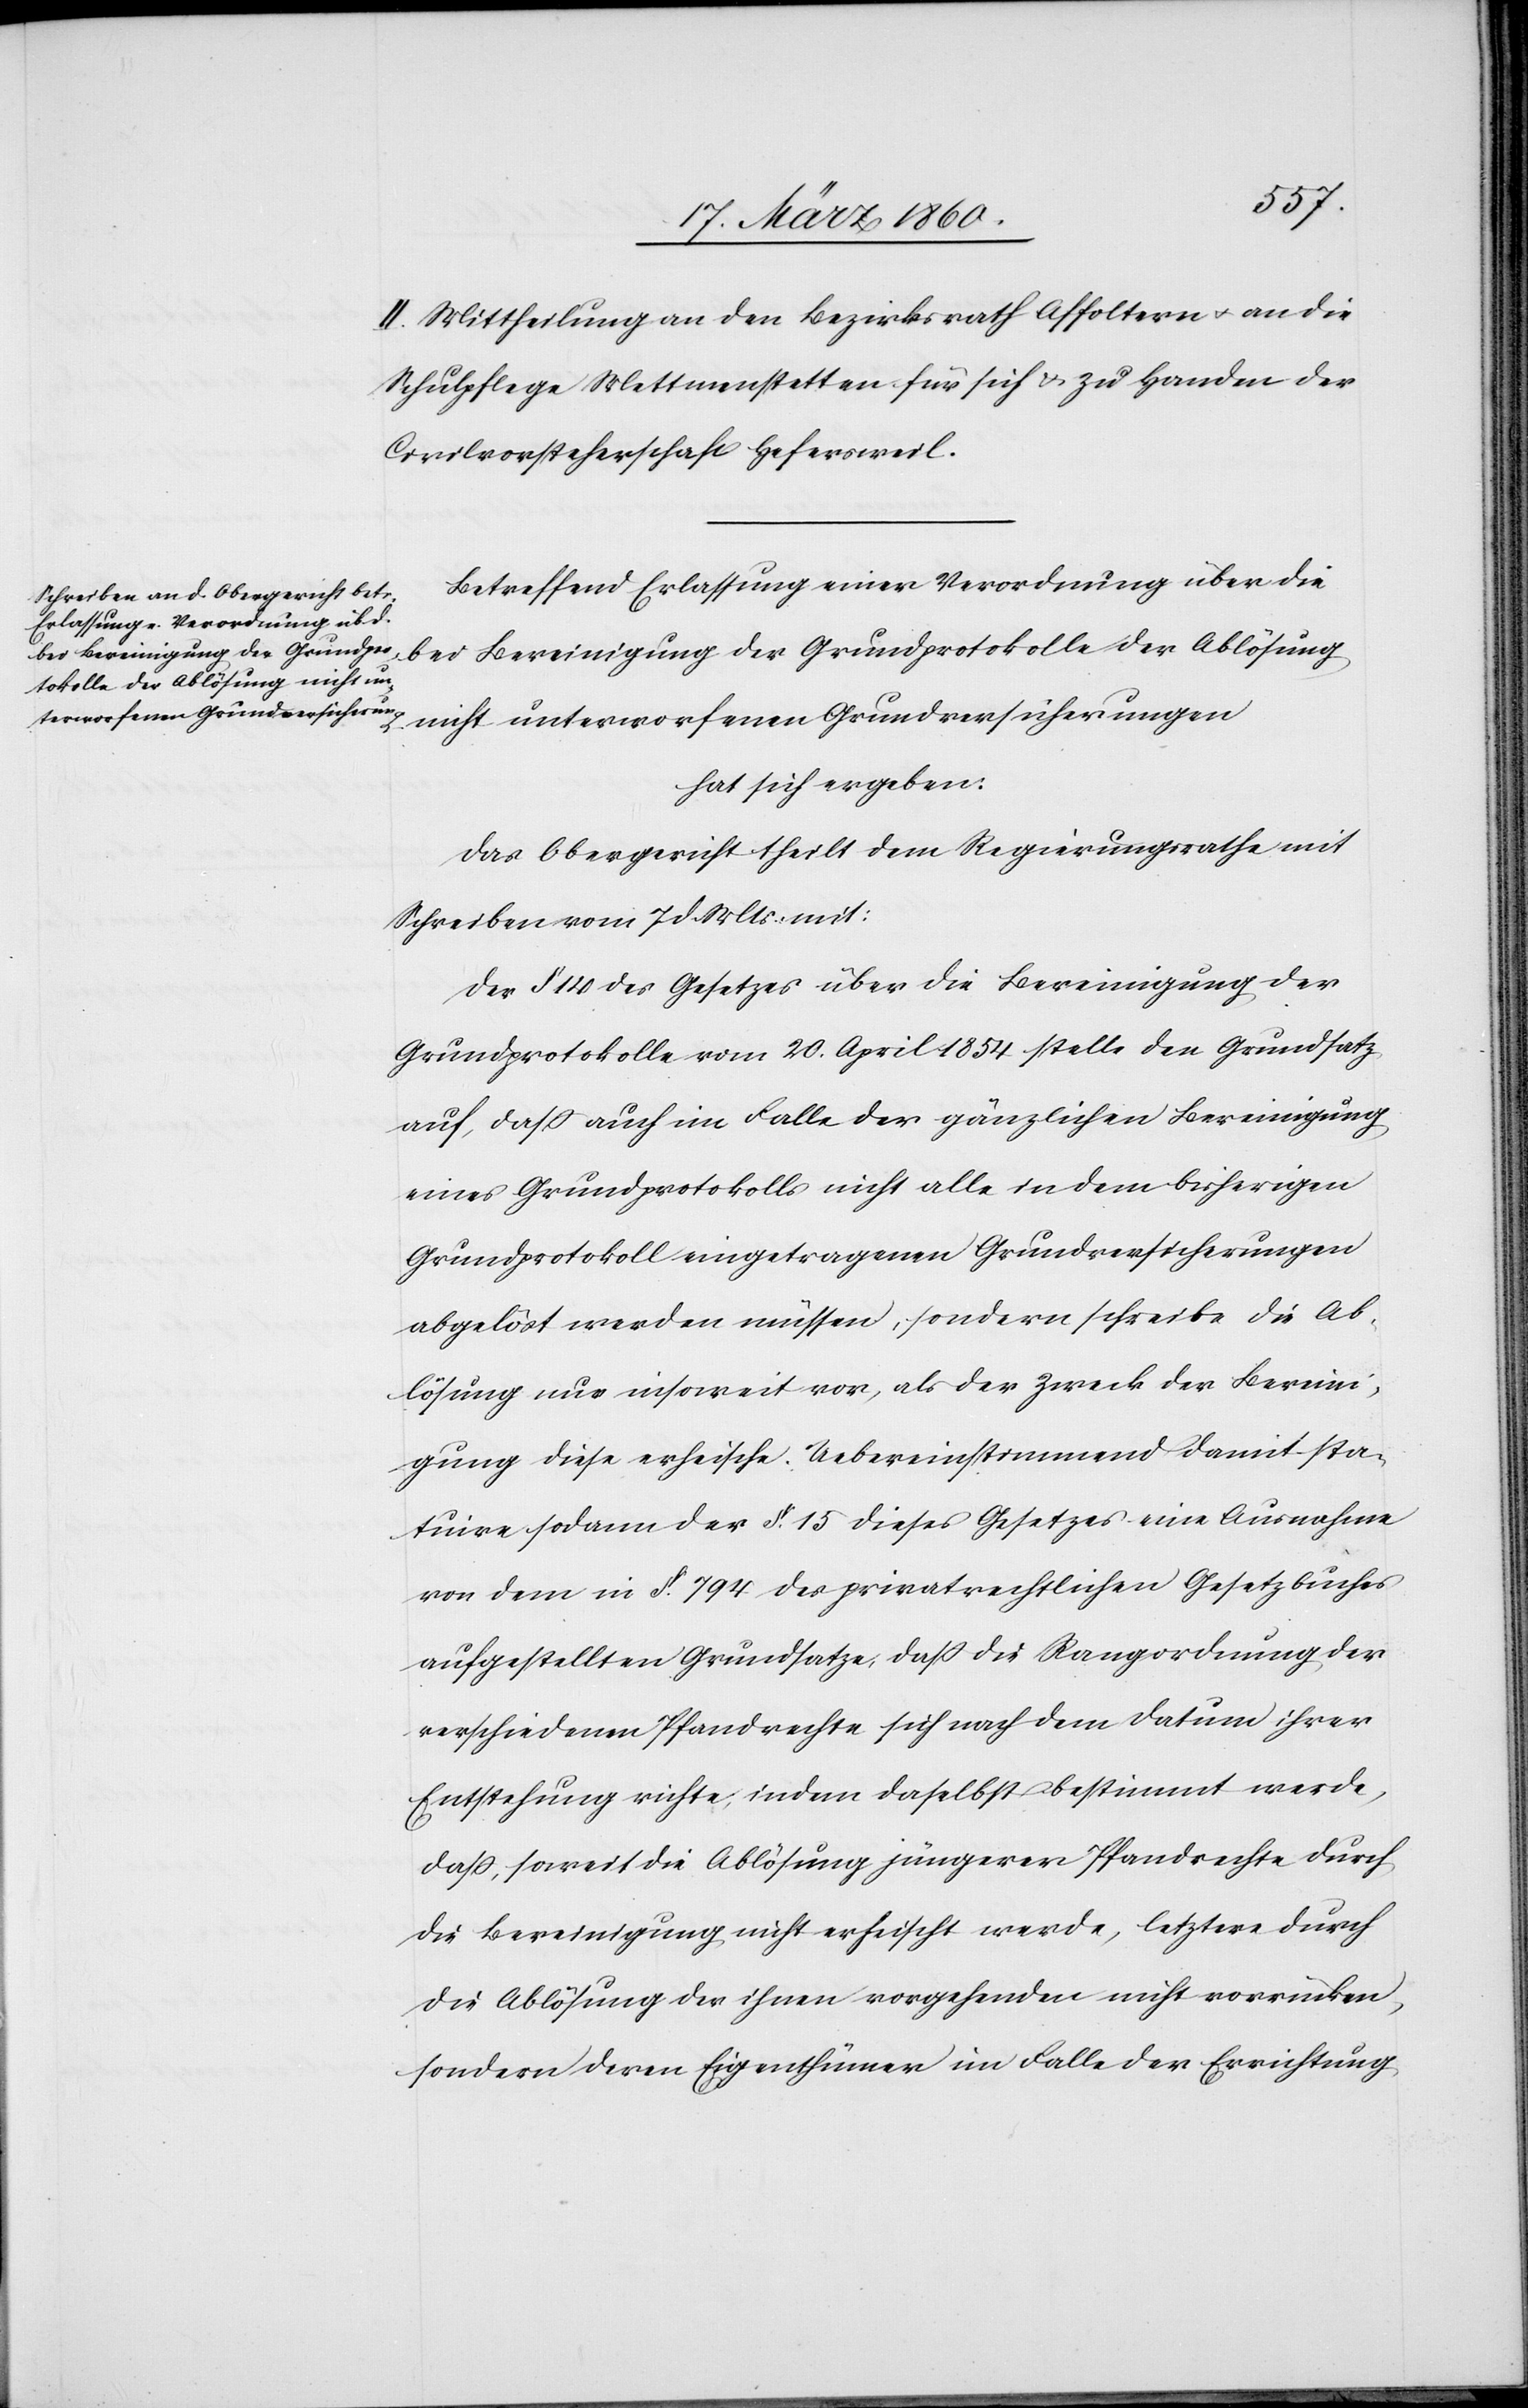
II. Mittheilung an den Bezirksrath Affoltern u. an die
Schulpflege Mettmenstetten für sich u. zu Handen der
Civilvorsteherschaft Hefersweil.
Betreffend Erlassung einer Verordnung über die
bei Bereinigung der Grundprotokolle der Ablösung
nicht unterworfenen Grundversicherungen
hat sich ergeben:
Das Obergericht theilt dem Regierungsrathe mit
Schreiben vom 7 d. Mts. mit:
Der §. 14. des Gesetzes über die Bereinigung der
Grundprotokolle vom 20. April 1854 stelle den Grundsatz
auf, dass auch im Falle der gänzlichen Bereinigung
eines Grundprotokolls nicht alles in dem bisherigen
Grundprotokoll eingetragenen Grundversicherungen
abgelöst werden müssen, sondern schreibe die Ab¬
lösung nur insoweit vor, als der Zweck der Bereini¬
gung diese erheische. Uebereinstimmend damit sta¬
tuire sodann der §. 15. dieses Gesetzes eine Ausnahme
von dem in §. 794. des privatrechtlichen Gesetzbuches
aufgestellten Grundsatze, dass die Rangordnung der
verschiedenen Pfandrechte sich nach dem Datum ihrer
Entstehung richte, indem daselbst bestimmt werde,
dass, soweit die Ablösung jüngerer Pfandrecht durch
die Bereinigung nicht erheischt werde, letztern durch
die Ablösung der ihnen vorgehenden nicht vorrücken,
sondern deren Eigenthümer im Falle der Errichtung